Scottish Leaving Certificate Examination, 1951
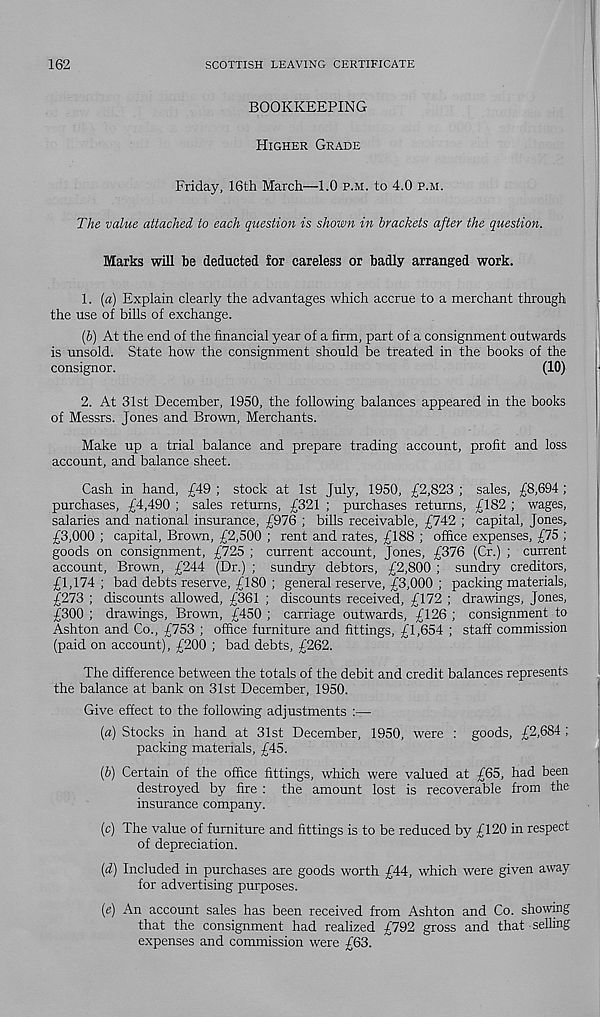
162
SCOTTISH LEAVING CERTIFICATE
BOOKKEEPING
Higher Grade
Friday, 16th March—1.0 p.m. to 4.0 p.m.
The value attached to each question is shown in brackets after the question.
Marks will be deducted for careless or badly arranged work.
1. {a) Explain clearly the advantages which accrue to a merchant through
the use of bills of exchange.
[b) At the end of the financial year of a firm, part of a consignment outwards
is unsold. State how the consignment should be treated in the books of the
consignor.
(10)
2. At 31st December, 1950, the following balances appeared in the books
of Messrs. Jones and Brown, Merchants.
Make up a trial balance and prepare trading account, profit and loss
account, and balance sheet.
Cash in hand, £49 ; stock at 1st July, 1950, £2,823 ; sales, £8,694 ;
purchases, £4,490 ; sales returns, £321 ; purchases returns, £182 ; wages,
salaries and national insurance, £976 ; bills receivable, £742 ; capital, Jones,
£3,000 ; capital, Brown, £2,500 ; rent and rates, £188 ; office expenses, £75 ;
goods on consignment, £725 ; current account, Jones, £376 (Cr.) ; current
account, Brown, £244 (Dr.) ; sundry debtors, £2,800 ; sundry creditors,
£1,174 ; bad debts reserve, £180 ; general reserve, £3,000 ; packing materials,
£273 ; discounts allowed, £361 ; discounts received, £172 ; drawings, Jones,
£300 ; drawings, Brown, £450 ; carriage outwards, £126 ; consignment to
Ashton and Co., £753 ; office furniture and fittings, £1,654 ; staff commission
(paid on account), £200 ; bad debts, £262.
The difference between the totals of the debit and credit balances represents
the balance at bank on 31st December, 1950.
Give effect to the following adjustments :—
{a) Stocks in hand at 31st December, 1950, were : goods, £2,684 ;
packing materials, £45.
(b) Certain of the office fittings, which were valued at £65, had been
destroyed by fire : the amount lost is recoverable from the
insurance company.
(c) The value of furniture and fittings is to be reduced by £120 in respect
of depreciation.
(d) Included in purchases are goods worth £44, which were given away
for advertising purposes.
(e) An account sales has been received from Ashton and Co. showing
that the consignment had realized £792 gross and that selling
expenses and commission were £63.